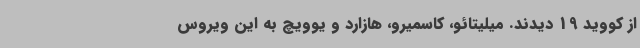
از کووید 19 دیدند. میلیتائو، کاسمیرو، هازارد و یوویچ به این ویروس